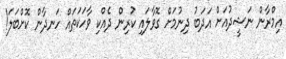
އިމްރާން ނަޝީދުއަށް އަދަބު ދިނުމަށް ގޮވާލައި ކުރިން ދެއްކި ވާހަކަތައް ހަނދާން ކޮށްބަލަ!